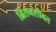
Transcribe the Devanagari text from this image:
ब्रितनसोबत